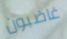
غاضبون